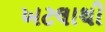
ખટલાથી